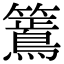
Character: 𮆶